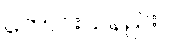
ကောင်းသနည်း။